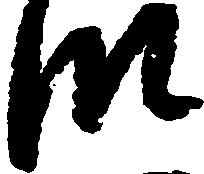
段